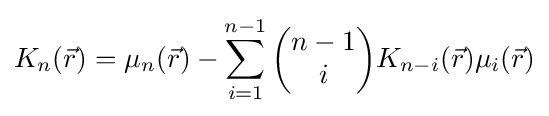
K_{n}({\vec {r}})=\mu _{n}({\vec {r}})-\sum _{i=1}^{n-1}{\begin{pmatrix}n-1\\i\end{pmatrix}}K_{n-i}({\vec {r}})\mu _{i}({\vec {r}})